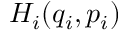
H _ { i } ( q _ { i } , p _ { i } )